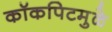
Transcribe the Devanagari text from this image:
कॉकपिटमुळे